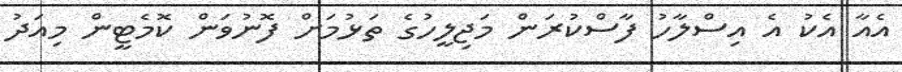
އެއާ އެކު އެ އިސްލާހު ފާސްކުރަން މަޖިލީހުގެ ތަޅުމަށް ފޮނުވަން ކޮމެޓީން މިއަދު